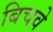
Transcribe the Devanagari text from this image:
बिचवे